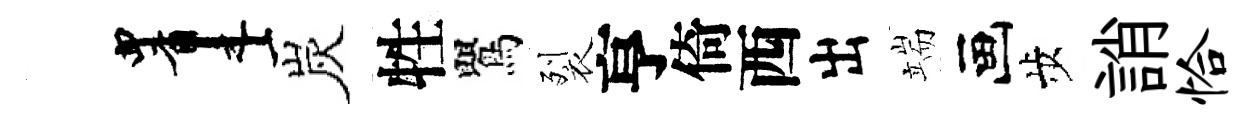
画炭牲鸎裂亨倚西出端画歩誚恰